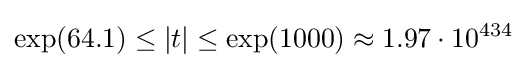
\exp(64.1)\leq |t|\leq \exp(1000)\approx 1.97\cdot 10^{434}